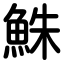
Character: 鮢